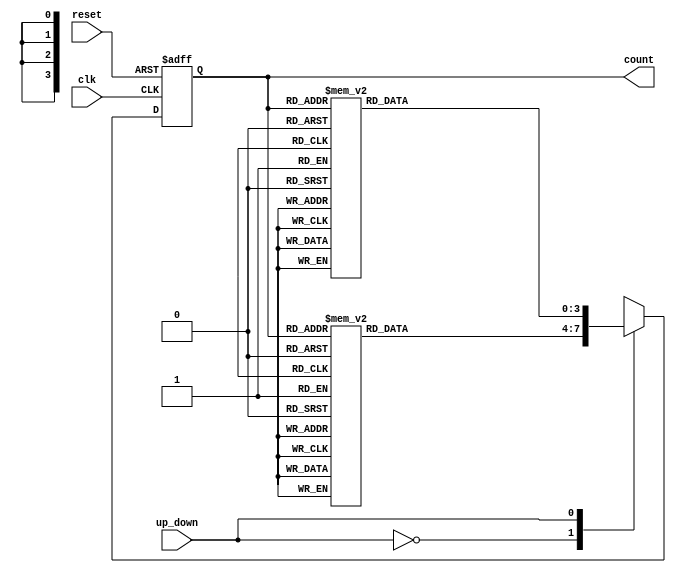
module GrayCounter (
    input clk,
    input reset,
    input up_down,
    output reg [3:0] count
);

reg [3:0] next_count;

always @(posedge clk or posedge reset) begin
    if (reset) begin
        count <= 4'b0000;
    end else begin
        count <= next_count;
    end
end

always @(count, up_down) begin
    case (up_down)
        1'b0: begin // Count up
            case (count)
                4'b0000: next_count = 4'b0001;
                4'b0001: next_count = 4'b0011;
                4'b0011: next_count = 4'b0010;
                4'b0010: next_count = 4'b0110;
                4'b0110: next_count = 4'b0111;
                4'b0111: next_count = 4'b0101;
                4'b0101: next_count = 4'b0100;
                4'b0100: next_count = 4'b1100;
                4'b1100: next_count = 4'b1101;
                4'b1101: next_count = 4'b1111;
                4'b1111: next_count = 4'b1110;
                4'b1110: next_count = 4'b1010;
                4'b1010: next_count = 4'b1011;
                4'b1011: next_count = 4'b1001;
                4'b1001: next_count = 4'b1000;
                4'b1000: next_count = 4'b0000;
            endcase
        end

        1'b1: begin // Count down
            case (count)
                4'b0000: next_count = 4'b1000;
                4'b1000: next_count = 4'b1001;
                4'b1001: next_count = 4'b1011;
                4'b1011: next_count = 4'b1010;
                4'b1010: next_count = 4'b1110;
                4'b1110: next_count = 4'b1111;
                4'b1111: next_count = 4'b1101;
                4'b1101: next_count = 4'b1100;
                4'b1100: next_count = 4'b0100;
                4'b0100: next_count = 4'b0101;
                4'b0101: next_count = 4'b0111;
                4'b0111: next_count = 4'b0110;
                4'b0110: next_count = 4'b0010;
                4'b0010: next_count = 4'b0011;
                4'b0011: next_count = 4'b0001;
                4'b0001: next_count = 4'b0000;
            endcase
        end
    endcase
end

endmodule